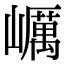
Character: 巁